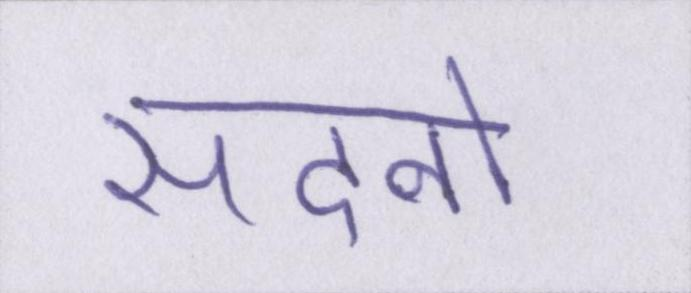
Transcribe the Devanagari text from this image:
सदनो